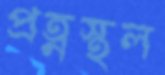
প্রত্নস্থল